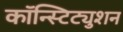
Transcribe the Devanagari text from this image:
कॉन्स्टिट्युशन